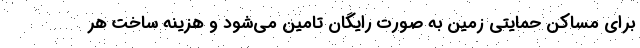
برای مساکن حمایتی زمین به صورت رایگان تامین می‌شود و هزینه ساخت هر